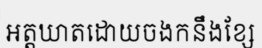
អត្តឃាតដោយចងកនឹងខ្សែ